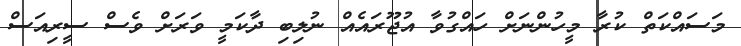
މަސައްކަތް ކުރާ މީހުންނަށް ހައްގުވާ އުޖޫރައެއް ނުލިބި ދާކަމީ ވަރަށް ވެސް ސީރިއަސް